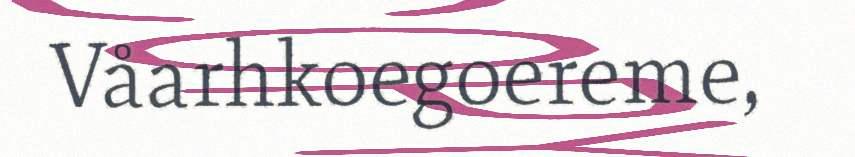
Våarhkoegoereme,